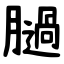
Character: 膼